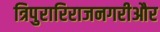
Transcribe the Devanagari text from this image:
त्रिपुरारिराजनगरीऔर